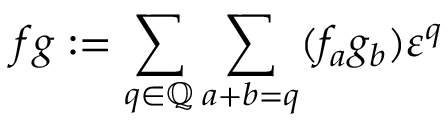
f g : = \sum _ { q \in \mathbb { Q } } \sum _ { a + b = q } ( f _ { a } g _ { b } ) \varepsilon ^ { q }